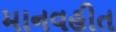
માનવહીત